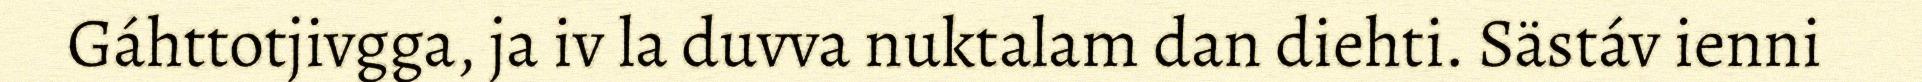
Gáhttotjivgga, ja iv la duvva nuktalam dan diehti. Sästáv ienni